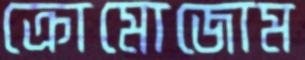
ক্রোমোজোম